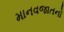
માનવજાતનો